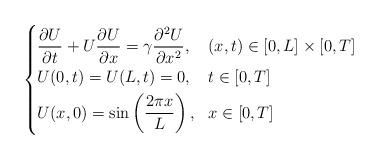
LaTeX: \begin{align*}\left\{ \begin{aligned} & \frac{\partial U}{\partial t} + U\frac{\partial U}{\partial x} = \gamma \frac{\partial^2 U}{\partial x^2}, && (x,t) \in [0,L] \times [0,T] \\ & U(0,t) = U(L,t) = 0, && t \in [0,T] \\ & U(x,0) = \sin\left(\frac{2\pi x}{L}\right), && x \in [0, T] \end{aligned} \right.\end{align*}